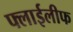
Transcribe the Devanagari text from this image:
फ्लाईलीफ